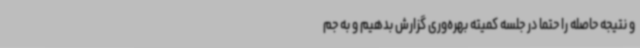
و نتیجه حاصله را حتماً در جلسه کمیته بهره‌وری گزارش بدهیم و به جم